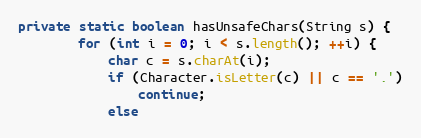
Language: Java
private static boolean hasUnsafeChars(String s) {
        for (int i = 0; i < s.length(); ++i) {
            char c = s.charAt(i);
            if (Character.isLetter(c) || c == '.')
                continue;
            else